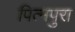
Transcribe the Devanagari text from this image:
पित्मपुरा